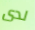
لدى